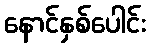
နောင်နှစ်ပေါင်း